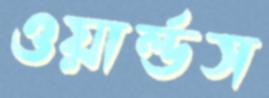
ওয়ার্ল্ডস